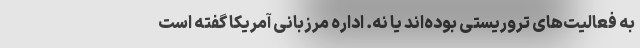
به فعالیت‌های تروریستی بوده‌اند یا نه. اداره مرزبانی آمریکا گفته است